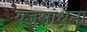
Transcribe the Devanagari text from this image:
यज्ञसाधना